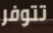
تتوفر